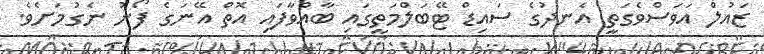
ޒައުލް އަވަސްވެގަތީ އެނދުގެ ސައިޑް ޓޭބަލްމަތީގައި ބާއްވާފައި އޮތް އޭނަގެ ފޯނު ނެގުމަށެވެ.